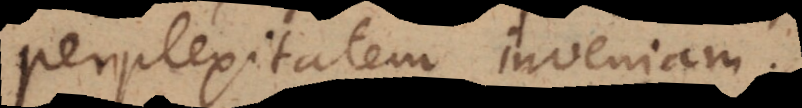
perplexitatem inveniam.